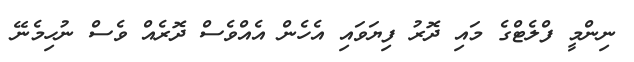
ނިންމީ ފްލެޓްގެ މައި ދޮރު ފިޔަވައި އެހެން އެއްވެސް ދޮރެއް ވެސް ނުހިމެނޭ